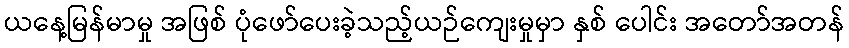
ယနေ့မြန်မာမှု အဖြစ် ပုံဖော်ပေးခဲ့သည့်ယဉ်ကျေးမှုမှာ နှစ် ပေါင်း အတော်အတန်